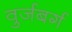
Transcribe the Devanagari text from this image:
वुर्जबर्ग